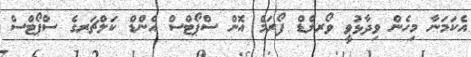
އެކަމަނާ މިހެން ވިދާޅުވީ ވޯރލްޑް ފޯރަމް އޮން ސްޕޯޓްސް އެންޑް ކަލްޗަރގެ ސްޕޯޓްސް